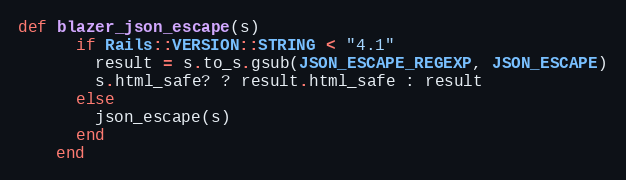
Language: Ruby
def blazer_json_escape(s)
      if Rails::VERSION::STRING < "4.1"
        result = s.to_s.gsub(JSON_ESCAPE_REGEXP, JSON_ESCAPE)
        s.html_safe? ? result.html_safe : result
      else
        json_escape(s)
      end
    end